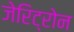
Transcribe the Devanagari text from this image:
जेरिट्रोन